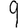
Digit: 9